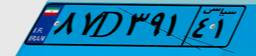
۰۷D۲۰۱۵۲